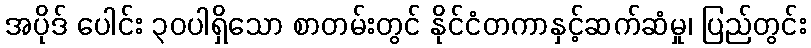
အပိုဒ် ပေါင်း ၃၀ပါရှိသော စာတမ်းတွင် နိုင်ငံတကာနှင့်ဆက်ဆံမှု၊ ပြည်တွင်း